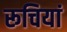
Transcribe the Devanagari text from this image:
रूचियां